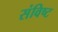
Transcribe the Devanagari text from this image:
संविष्ट